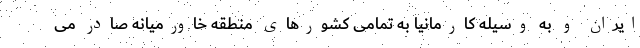
ایران و به وسیله کارمانیا به تمامی کشورهای منطقه خاورمیانه صادر می